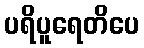
ပရိပူရေတိပေ